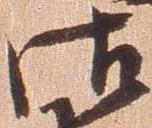
御